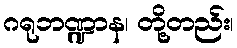
ဂရုဘဏ္ဍာန၊ တို့တည်း၊